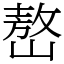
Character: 嶅